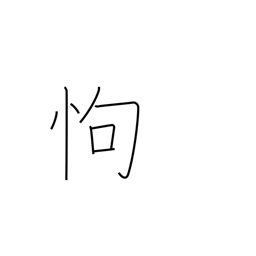
Meaning: fear